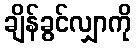
ချိန်ခွင်လျှာကို